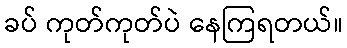
ခပ် ကုတ်ကုတ်ပဲ နေကြရတယ်။